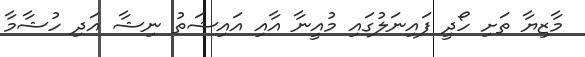
މާޒިޔާ ތަށި ހޯދީ ފައިނަލުގައި މުއީނާ އާއި އައިޝަތު ނިޝާ އަދި ހުޝާމާ